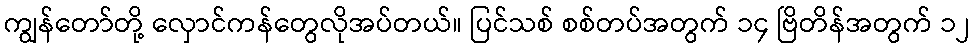
ကျွန်တော်တို့ လှောင်ကန်တွေလိုအပ်တယ်။ ပြင်သစ် စစ်တပ်အတွက် ၁၄ ဗြိတိန်အတွက် ၁၂